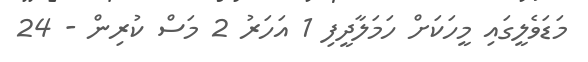
މަޑަވެލީގައި މީހަކަށް ހަމަލާދީފި 1 އަހަރު 2 މަސް ކުރިން - 24